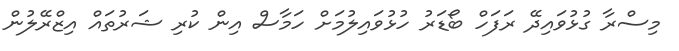
މިސްރާ ގުޅުވައިދޭ ރަފަހް ބޯޑަރު ހުޅުވައިލުމަށް ހަމާސް އިން ކުރި ޝަރުތައް އިޒްރޭލުން